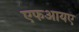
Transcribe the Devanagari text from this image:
एफआयए